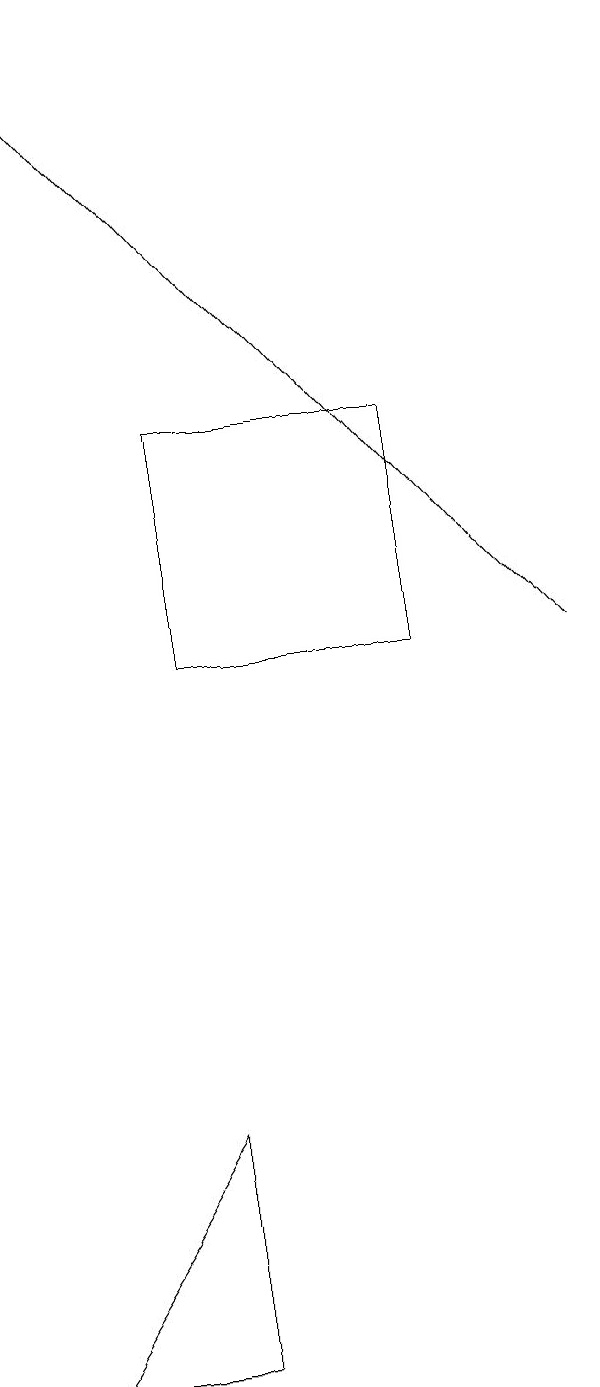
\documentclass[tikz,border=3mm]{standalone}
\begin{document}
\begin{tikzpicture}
\draw[->] (7,10) -- (0,18);
\draw (5,10) rectangle (2,13);
\draw (0,1) -- (2,4) -- (2,1) -- cycle;
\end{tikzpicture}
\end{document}